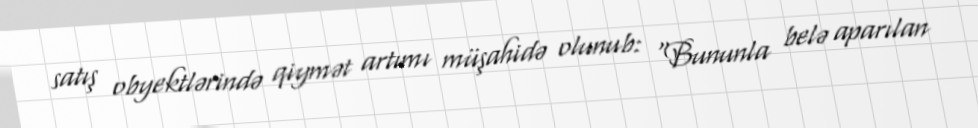
satış obyektlərində qiymət artımı müşahidə olunub: “Bununla belə aparılan